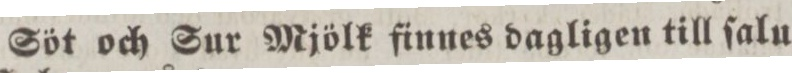
Söt och Sur Mjölk finnes dagligen till ſalu